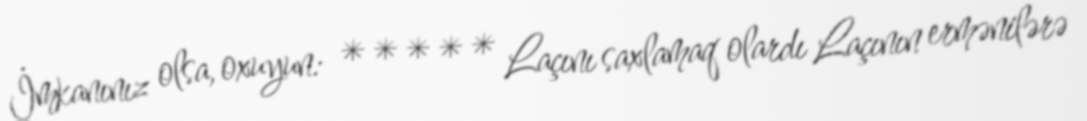
İmkanınız olsa, oxuyun: ***** Laçını saxlamaq olardı Laçının ermənilərə